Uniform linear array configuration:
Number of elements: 4
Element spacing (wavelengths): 0.25
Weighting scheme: blackman
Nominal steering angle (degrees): -15
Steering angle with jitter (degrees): -15.551
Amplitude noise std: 0.05
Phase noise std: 0.05

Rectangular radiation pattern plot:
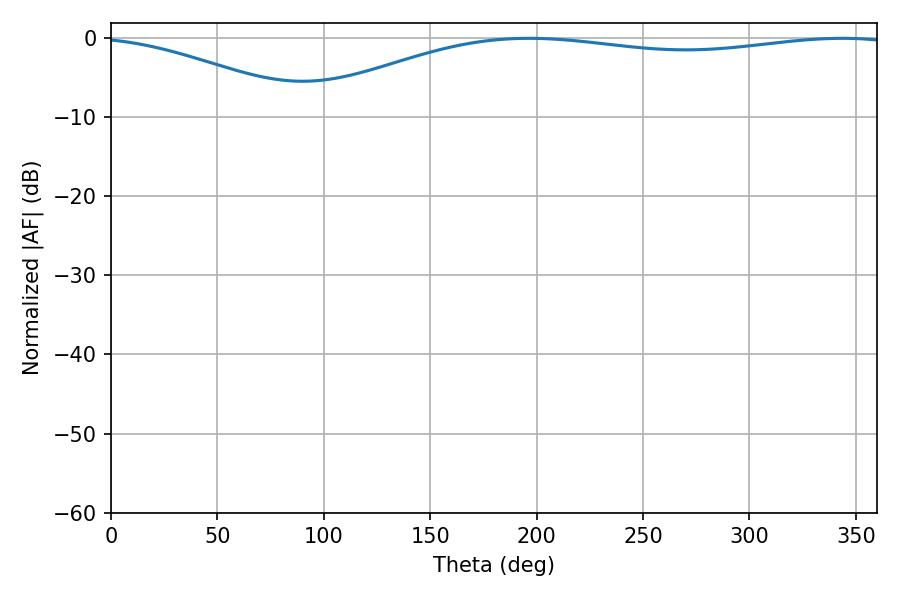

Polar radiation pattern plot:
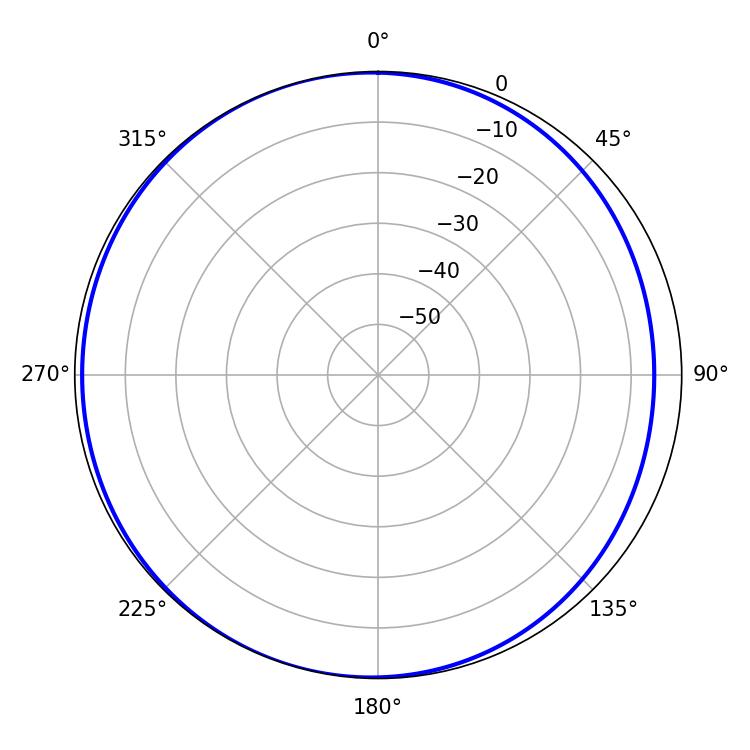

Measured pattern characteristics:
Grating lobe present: FALSE
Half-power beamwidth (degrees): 225.9
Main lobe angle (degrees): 196.38